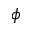
\phi